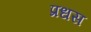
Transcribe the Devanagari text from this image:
प्रधस